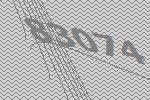
83074